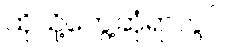
ထိုသို့တွေ့ဆုံရာတွင်